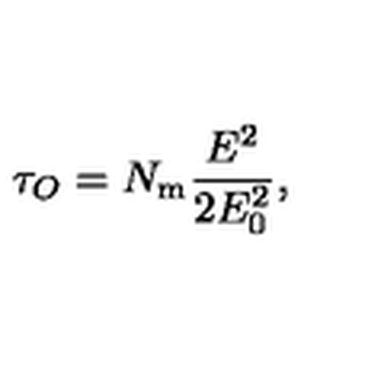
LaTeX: \tau _ { O } = N _ { \mathrm { m } } { \frac { E ^ { 2 } } { 2 E _ { 0 } ^ { 2 } } } ,